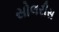
સોલરીસ